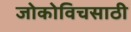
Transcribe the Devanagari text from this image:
जोकोविचसाठी